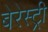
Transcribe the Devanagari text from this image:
बेरेस्ट्री